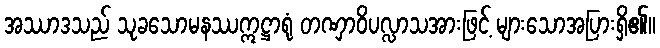
အဿာဒသည် သုခသောမနဿဣဋ္ဌာရုံ တဏှာဝိပလ္လာသအားဖြင့် များသောအပြားရှိ၏။